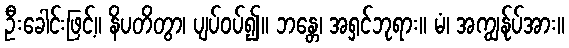
ဦးခေါင်းဖြင့်။ နိပတိတွာ၊ ပျပ်ဝပ်၍။ ဘန္တေ၊ အရှင်ဘုရား။ မံ၊ အကျွန်ုပ်အား။